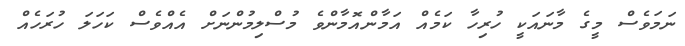
ނަމަވެސް މީގެ މާނައަކީ ހުރިހާ ކަމެއް އަމާންއޮމާންވެ މުސްލިމުންނަށް އެއްވެސް ކަހަލަ ހުރަހެއް